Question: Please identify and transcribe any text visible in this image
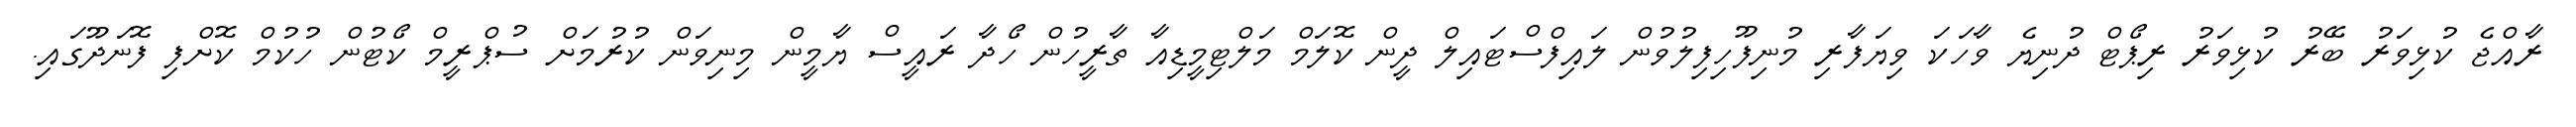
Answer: ރާއްޖެ ކުޅިވަރު ބޭރު ކުޅިވަރު ރިޕޯޓް ދުނިޔެ ވާހަކަ ވިޔަފާރި މުނިފޫހިފިލުވުން ލައިފްސްޓައިލް ދީން ކޮލަމް މަލްޓިމީޑިއާ ތާރީހުން ހޯދާ ރައީސް ޔާމީން މިނިވަން ކުރުމަށް ސުޕްރީމް ކޯޓުން ހުކުމް ކޮށްފި ފޮނަދޫގައި.